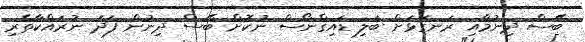
ބޭސް ދިނުމާއި ރަނގަޅަށް ބަލި ޑައިގްނޯސް ނުކޮށް ބޭސް ދިނުން ފަދަ ނުރައްކާތެރި